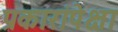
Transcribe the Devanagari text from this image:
प्रकारांपेक्षा